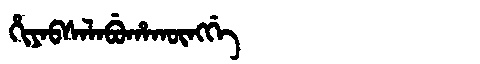
Manchu: ᡥᡳᠶᠠᠪᠰᠠᠯᠠᠪᡠᡥᠠᡴᡡᠩᡤᡝ
Romanization: HIYABSALABUHAKŪNGGE